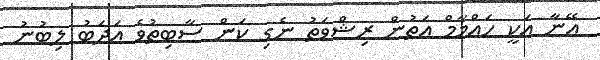
އޭނާ އަކީ ހައްމާމް އަތުން ރިޝްވަތު ނެގި ކަން ސާބިތުވެ އަދަބު ލިބުނު